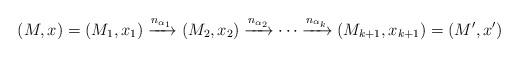
LaTeX: \begin{align*}(M,x)=(M_1,x_1)\xrightarrow{n_{\alpha_1}}(M_2,x_2)\xrightarrow{n_{\alpha_2}}\cdots\xrightarrow{n_{\alpha_k}}(M_{k+1},x_{k+1})=(M',x')\end{align*}